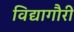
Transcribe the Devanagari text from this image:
विद्यागौरी